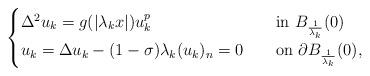
LaTeX: \begin{align*}\begin{cases}\Delta^2u_k=g(|\lambda_k x|)u_k^p\quad&\mbox{in }B_{\frac{1}{\lambda_k}}(0)\\u_k=\Delta u_k-(1-\sigma)\lambda_k(u_k)_n=0\quad&\mbox{on }\partial B_{\frac{1}{\lambda_k}}(0),\end{cases}\end{align*}